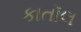
કાતૉલ